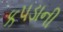
કપડાની